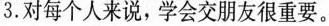
3.对每个人来说，学会交朋友很重要。